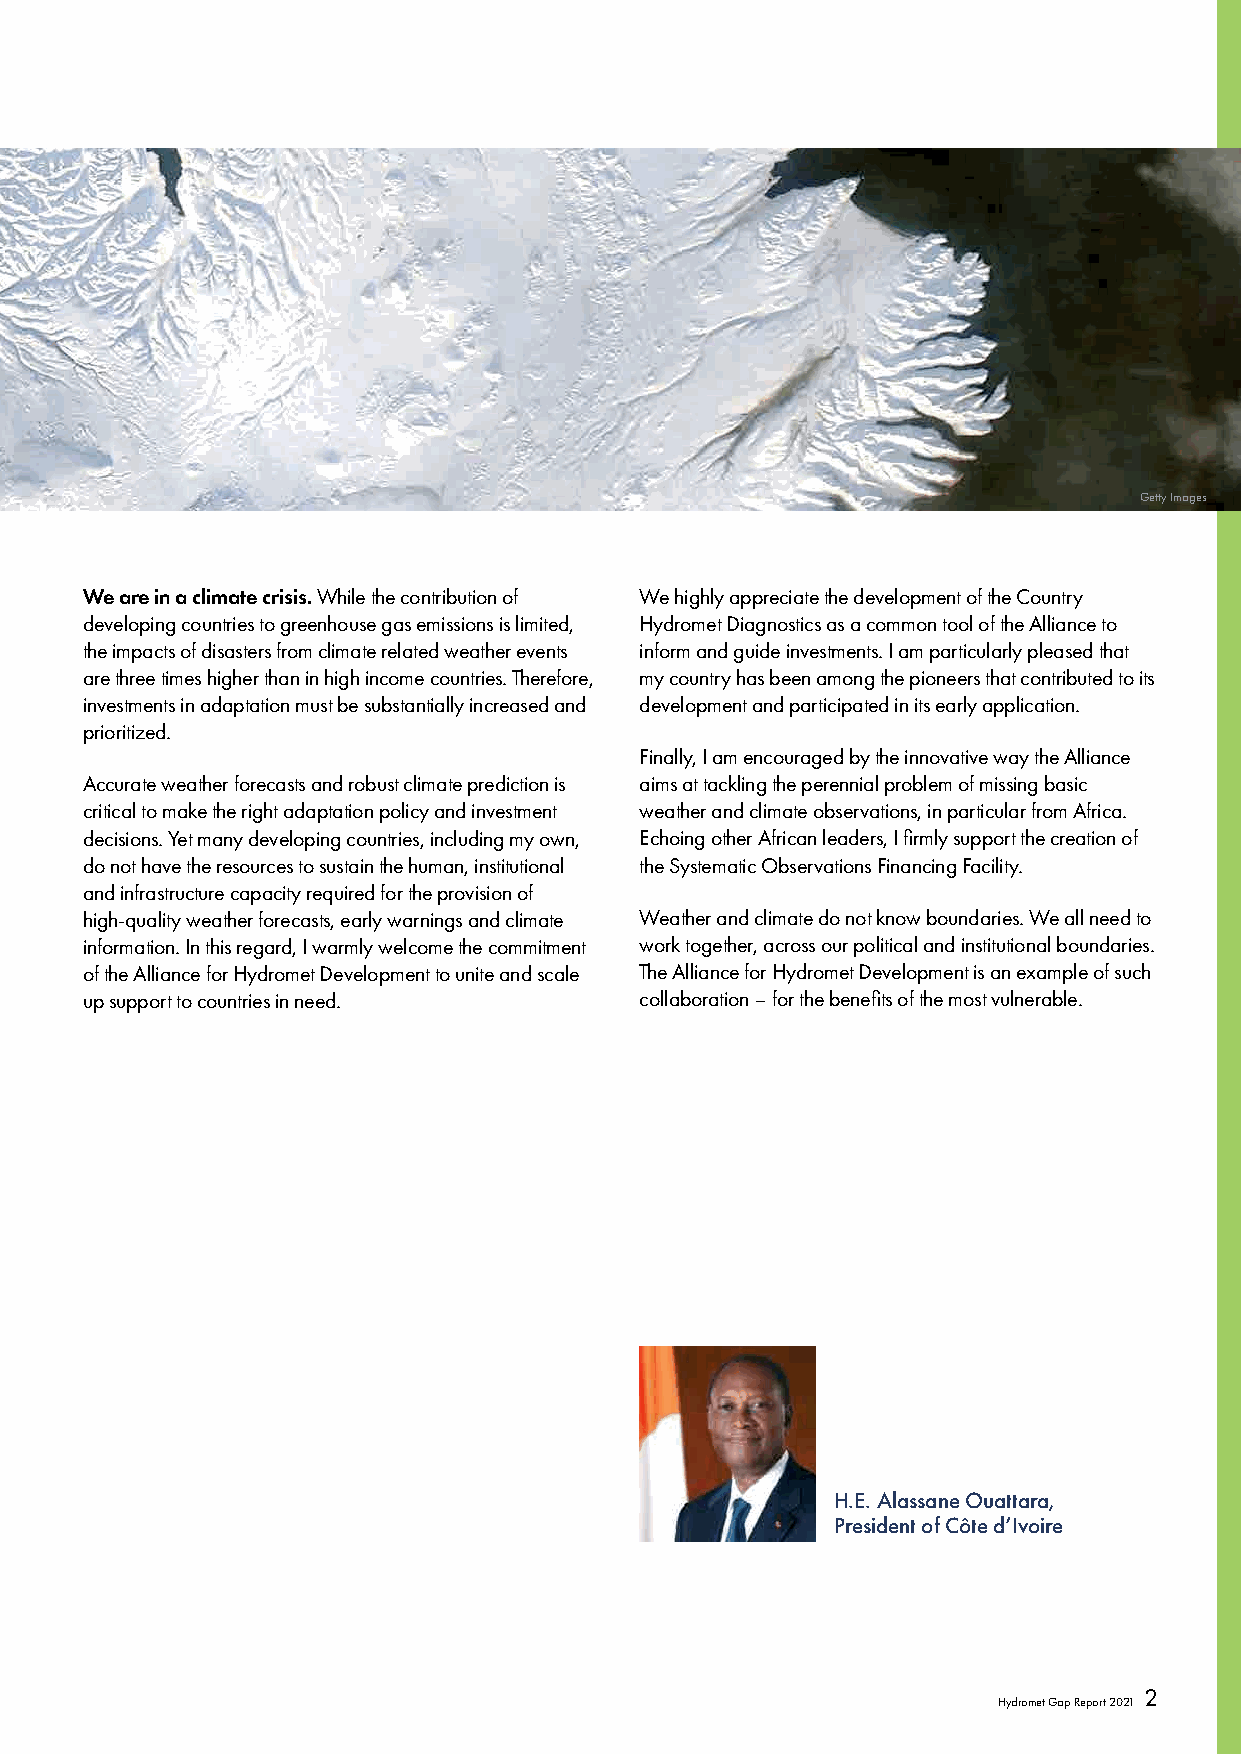
Getty Images
 We are in a climate crisis. While the contribution of We highly appreciate the development of the Country
 developing countries to greenhouse gas emissions is limited, Hydromet Diagnostics as a common tool of the Alliance to
 the impacts of disasters from climate related weather events inform and guide investments. I am particularly pleased that
 are three times higher than in high income countries. Therefore, my country has been among the pioneers that contributed to its
 investments in adaptation must be substantially increased and development and participated in its early application.
 prioritized.
 Finally, I am encouraged by the innovative way the Alliance
 Accurate weather forecasts and robust climate prediction is aims at tackling the perennial problem of missing basic
 critical to make the right adaptation policy and investment weather and climate observations, in particular from Africa.
 decisions. Yet many developing countries, including my own, Echoing other African leaders, I firmly support the creation of
 do not have the resources to sustain the human, institutional the Systematic Observations Financing Facility.
 and infrastructure capacity required for the provision of
 high-quality weather forecasts, early warnings and climate Weather and climate do not know boundaries. We all need to
 information. In this regard, I warmly welcome the commitment work together, across our political and institutional boundaries.
 of the Alliance for Hydromet Development to unite and scale The Alliance for Hydromet Development is an example of such
 up support to countries in need.     collaboration – for the benefits of the most vulnerable.
 H.E. Alassane Ouattara,
 President of Côte d’Ivoire
 2
 Hydromet Gap Report 2021